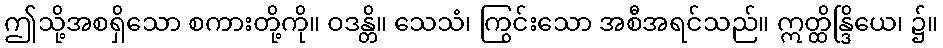
ဤသို့အစရှိသော စကားတို့ကို။ ဝဒန္တိ။ သေသံ၊ ကြွင်းသော အစီအရင်သည်။ ဣတ္ထိန္ဒြိယေ၊ ၌။